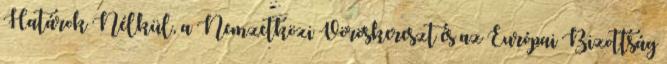
Határok Nélkül, a Nemzetközi Vöröskereszt és az Európai Bizottság